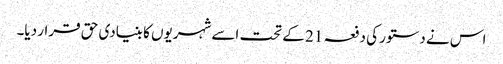
اس نے دستور کی دفعہ 21 کے تحت اسے شہریوں کا بنیادی حق قرار دیا۔